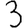
Digit: 3